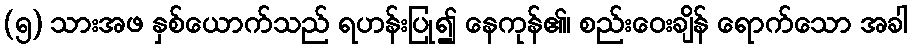
(၅) သားအဖ နှစ်ယောက်သည် ရဟန်းပြု၍ နေကုန်၏၊ စည်းဝေးချိန် ရောက်သော အခါ